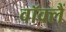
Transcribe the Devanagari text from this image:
वॉक्लैं